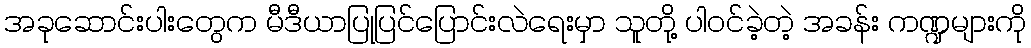
အခုဆောင်းပါးတွေက မီဒီယာပြုပြင်ပြောင်းလဲရေးမှာ သူတို့ ပါဝင်ခဲ့တဲ့ အခန်း ကဏ္ဍများကို